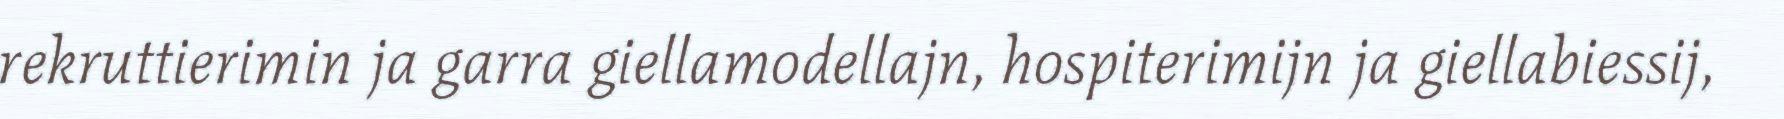
rekruttierimin ja garra giellamodellajn, hospiterimijn ja giellabiessij,